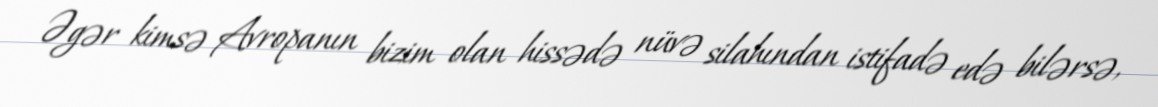
Əgər kimsə Avropanın bizim olan hissədə nüvə silahından istifadə edə bilərsə,